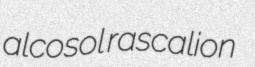
alcosol rascalion